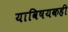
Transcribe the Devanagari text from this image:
याविषयकही